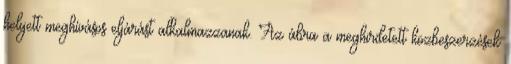
helyett meghívásos eljárást alkalmazzanak. Az ábra a meghirdetett közbeszerzések